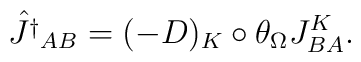
\hat {J^\dagger}_{AB}=(-D)_K\circ\theta_{\Omega}J^K_{BA}.